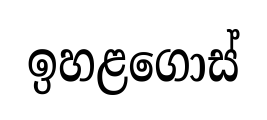
ඉහළගොස්